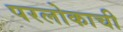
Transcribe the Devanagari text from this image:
परलोकाची